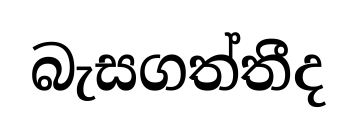
බැසගත්තීද